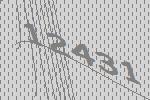
12431